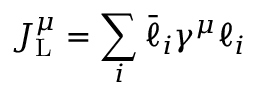
J _ { \mathrm { L } } ^ { \mu } = \sum _ { i } \bar { \ell } _ { i } \gamma ^ { \mu } \ell _ { i }